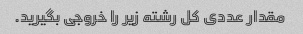
مقدار عددی کل رشته زیر را خروجی بگیرید.